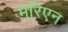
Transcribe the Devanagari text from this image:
मेरिएन